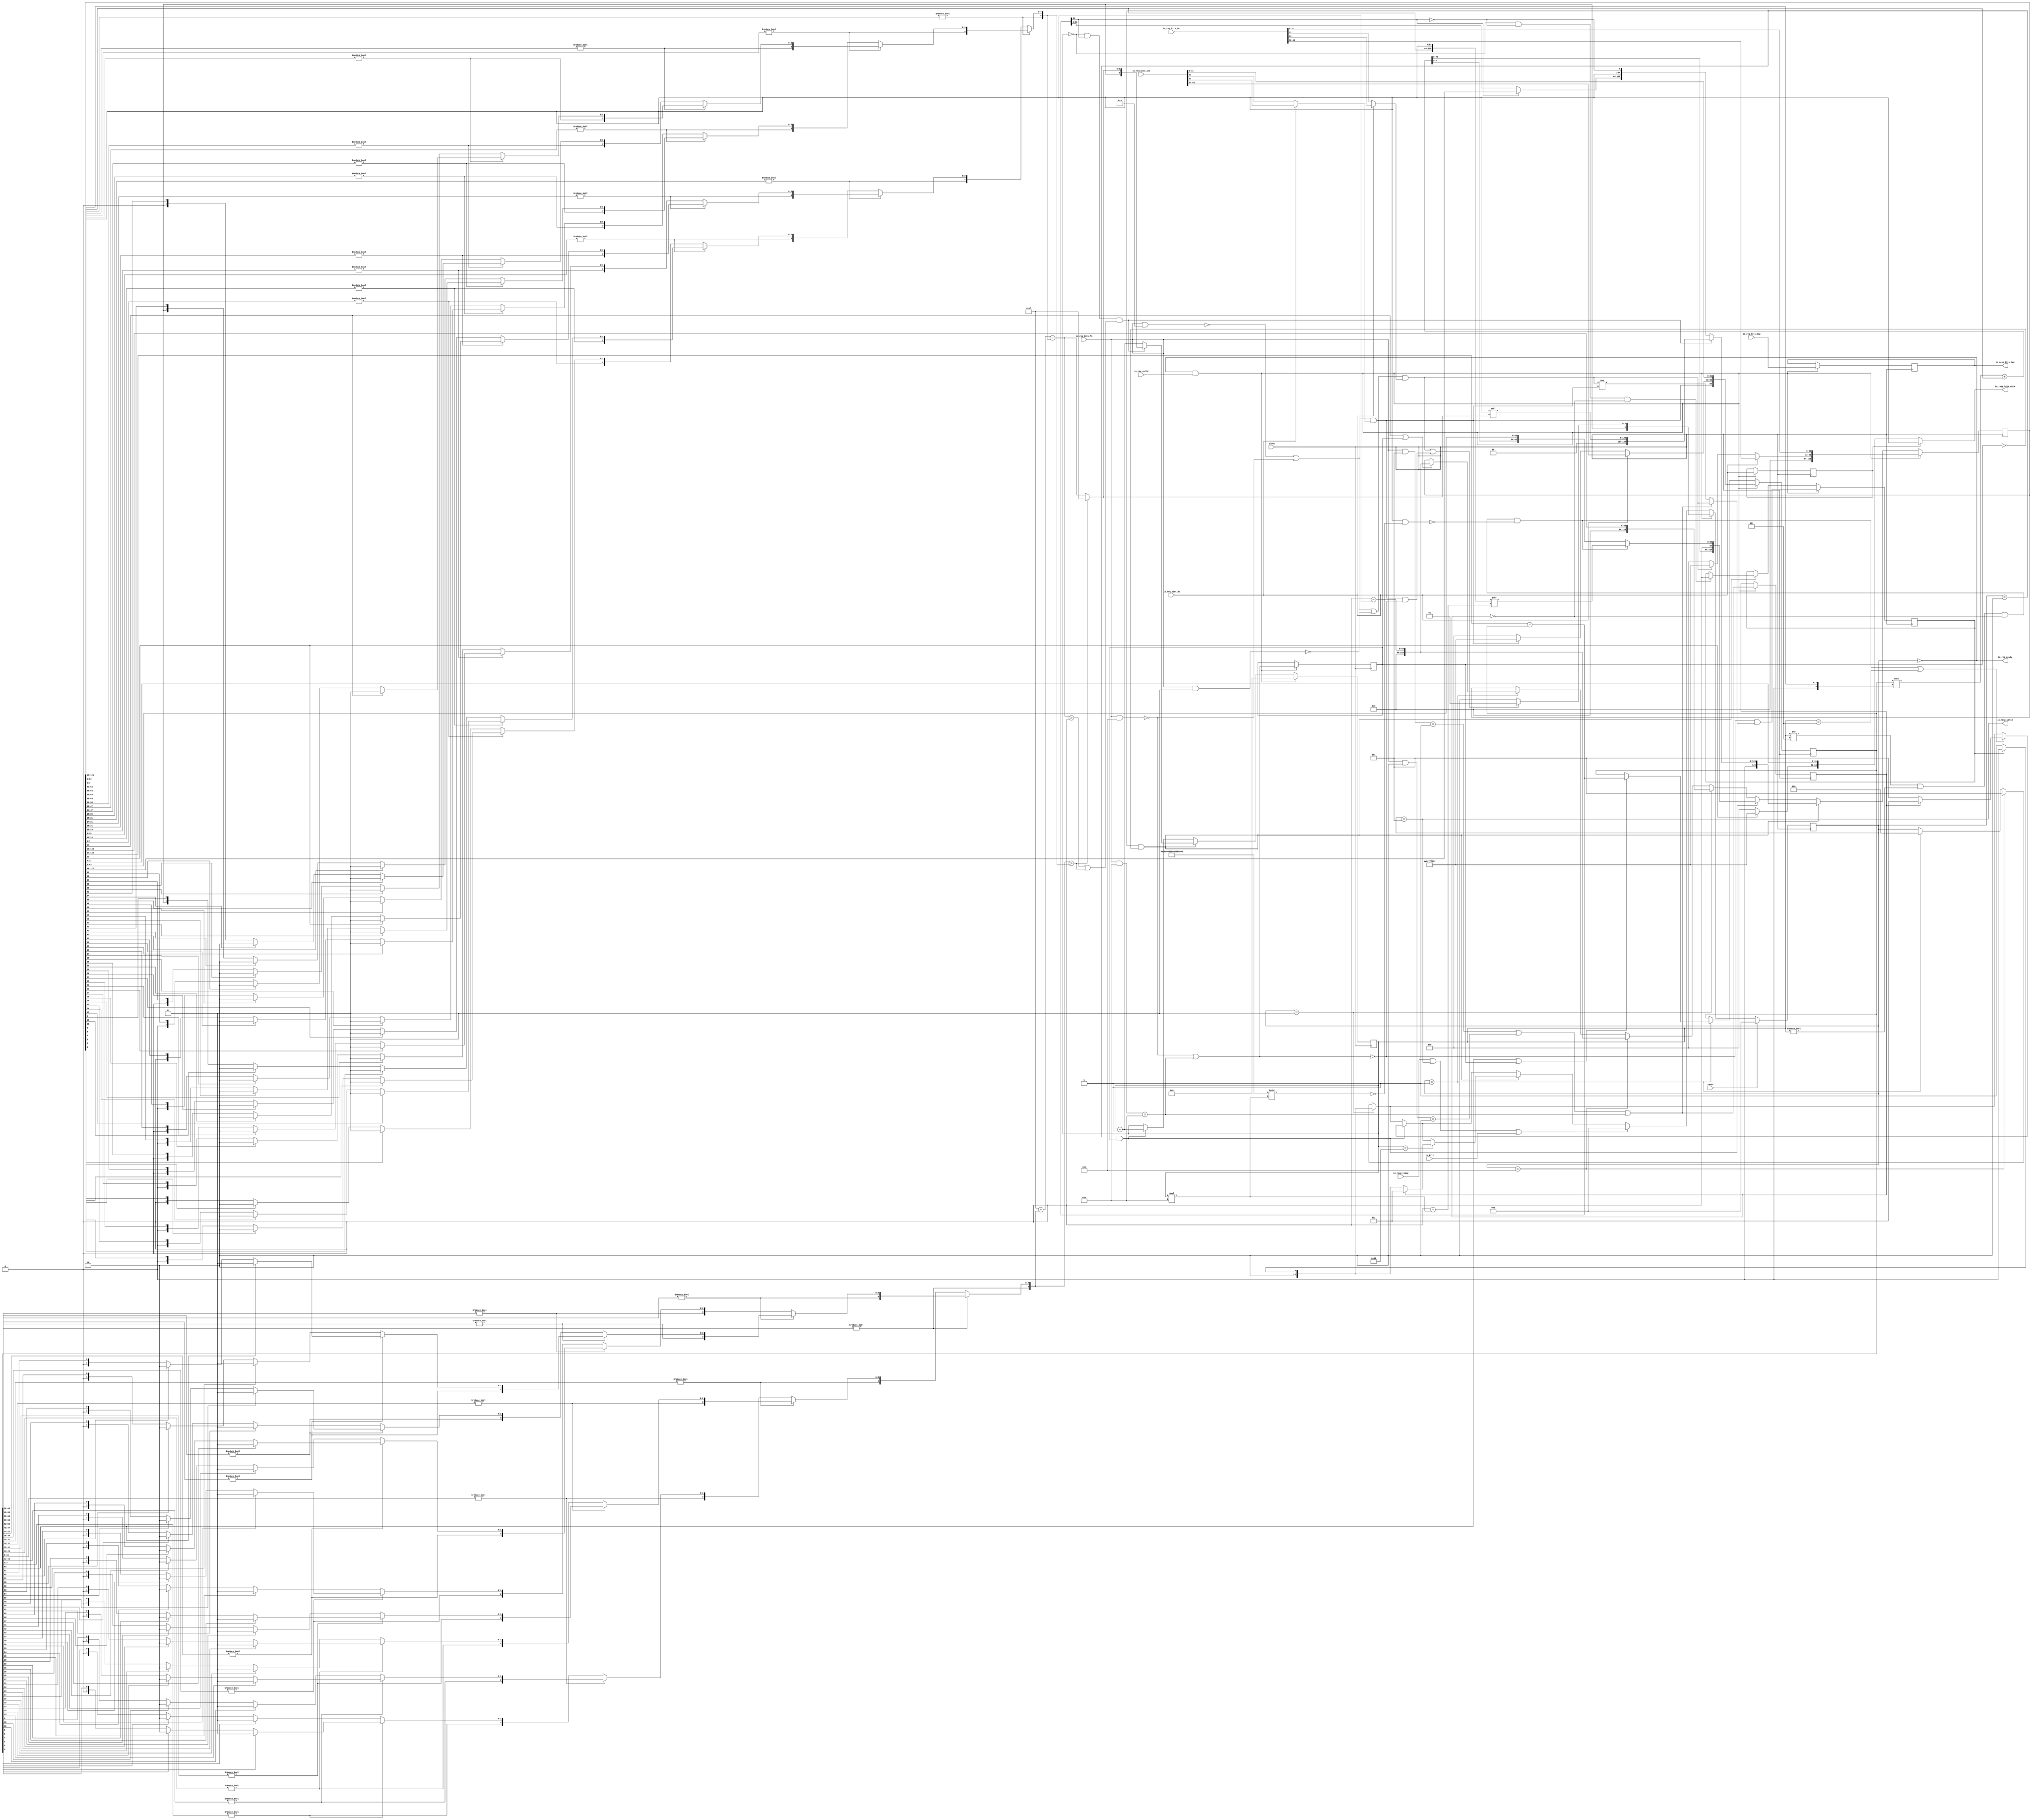
module MulDiv(
  input   clock,
  input   reset,
  output  io_req_ready,
  input   io_req_valid,
  input  [3:0] io_req_bits_fn,
  input   io_req_bits_dw,
  input  [63:0] io_req_bits_in1,
  input  [63:0] io_req_bits_in2,
  input  [4:0] io_req_bits_tag,
  input   io_kill,
  input   io_resp_ready,
  output  io_resp_valid,
  output [63:0] io_resp_bits_data,
  output [4:0] io_resp_bits_tag
);
  reg [2:0] state;
  reg [31:0] _GEN_37;
  reg [3:0] req_fn;
  reg [31:0] _GEN_38;
  reg  req_dw;
  reg [31:0] _GEN_39;
  reg [63:0] req_in1;
  reg [63:0] _GEN_40;
  reg [63:0] req_in2;
  reg [63:0] _GEN_41;
  reg [4:0] req_tag;
  reg [31:0] _GEN_42;
  reg [6:0] count;
  reg [31:0] _GEN_43;
  reg  neg_out;
  reg [31:0] _GEN_44;
  reg  isMul;
  reg [31:0] _GEN_45;
  reg  isHi;
  reg [31:0] _GEN_46;
  reg [64:0] divisor;
  reg [95:0] _GEN_47;
  reg [129:0] remainder;
  reg [159:0] _GEN_48;
  wire [3:0] _T_79;
  wire  _T_81;
  wire [3:0] _T_83;
  wire  _T_85;
  wire  _T_88;
  wire [3:0] _T_90;
  wire  _T_92;
  wire [3:0] _T_94;
  wire  _T_96;
  wire  _T_99;
  wire  _T_100;
  wire [3:0] _T_102;
  wire  _T_104;
  wire [3:0] _T_106;
  wire  _T_108;
  wire  _T_111;
  wire  _T_112;
  wire  _T_118;
  wire  _T_120;
  wire  _T_121;
  wire  _T_122;
  wire  lhs_sign;
  wire [31:0] _T_126;
  wire [31:0] _T_127;
  wire [31:0] _T_128;
  wire [31:0] _T_129;
  wire [63:0] lhs_in;
  wire  _T_134;
  wire  _T_135;
  wire  _T_136;
  wire  rhs_sign;
  wire [31:0] _T_140;
  wire [31:0] _T_141;
  wire [31:0] _T_142;
  wire [31:0] _T_143;
  wire [63:0] rhs_in;
  wire [64:0] _T_144;
  wire [65:0] _T_146;
  wire [64:0] subtractor;
  wire  less;
  wire [63:0] _T_147;
  wire [64:0] _T_149;
  wire [63:0] negated_remainder;
  wire  _T_150;
  wire  _T_151;
  wire  _T_152;
  wire [129:0] _GEN_0;
  wire  _T_153;
  wire  _T_154;
  wire [64:0] _GEN_1;
  wire [129:0] _GEN_2;
  wire [64:0] _GEN_3;
  wire [2:0] _GEN_4;
  wire  _T_155;
  wire [129:0] _GEN_5;
  wire [2:0] _GEN_6;
  wire  _T_156;
  wire [63:0] _T_157;
  wire [2:0] _T_158;
  wire [129:0] _GEN_7;
  wire [2:0] _GEN_8;
  wire  _T_159;
  wire  _T_160;
  wire [64:0] _T_161;
  wire [128:0] _T_163;
  wire [63:0] _T_164;
  wire [64:0] _T_165;
  wire [64:0] _T_166;
  wire [64:0] _T_167;
  wire [7:0] _T_168;
  wire [64:0] _GEN_34;
  wire [72:0] _T_169;
  wire [72:0] _GEN_35;
  wire [73:0] _T_170;
  wire [72:0] _T_171;
  wire [72:0] _T_172;
  wire [55:0] _T_173;
  wire [72:0] _T_174;
  wire [128:0] _T_175;
  wire [10:0] _T_178;
  wire [5:0] _T_179;
  wire [64:0] _T_180;
  wire [63:0] _T_181;
  wire  _T_184;
  wire  _T_187;
  wire  _T_188;
  wire  _T_190;
  wire  _T_191;
  wire [63:0] _T_192;
  wire [63:0] _T_193;
  wire  _T_195;
  wire  _T_196;
  wire [11:0] _T_200;
  wire [10:0] _T_201;
  wire [5:0] _T_202;
  wire [128:0] _T_203;
  wire [64:0] _T_204;
  wire [128:0] _T_205;
  wire [63:0] _T_206;
  wire [128:0] _T_207;
  wire [64:0] _T_208;
  wire [63:0] _T_210;
  wire [65:0] _T_211;
  wire [129:0] _T_212;
  wire [7:0] _T_214;
  wire [6:0] _T_215;
  wire  _T_217;
  wire  _T_218;
  wire [2:0] _T_219;
  wire [2:0] _GEN_9;
  wire [129:0] _GEN_10;
  wire [6:0] _GEN_11;
  wire [2:0] _GEN_12;
  wire  _T_222;
  wire  _T_223;
  wire  _T_225;
  wire [2:0] _T_227;
  wire [2:0] _GEN_13;
  wire [63:0] _T_231;
  wire [63:0] _T_232;
  wire [63:0] _T_233;
  wire  _T_236;
  wire [127:0] _T_237;
  wire [128:0] _T_238;
  wire [63:0] _T_239;
  wire [31:0] _T_240;
  wire [31:0] _T_241;
  wire  _T_243;
  wire [15:0] _T_244;
  wire [15:0] _T_245;
  wire  _T_247;
  wire [7:0] _T_248;
  wire [7:0] _T_249;
  wire  _T_251;
  wire [3:0] _T_252;
  wire [3:0] _T_253;
  wire  _T_255;
  wire  _T_256;
  wire  _T_258;
  wire  _T_260;
  wire [1:0] _T_262;
  wire [1:0] _T_263;
  wire  _T_264;
  wire  _T_266;
  wire  _T_268;
  wire [1:0] _T_270;
  wire [1:0] _T_271;
  wire [1:0] _T_272;
  wire [2:0] _T_273;
  wire [3:0] _T_274;
  wire [3:0] _T_275;
  wire  _T_277;
  wire  _T_278;
  wire  _T_280;
  wire  _T_282;
  wire [1:0] _T_284;
  wire [1:0] _T_285;
  wire  _T_286;
  wire  _T_288;
  wire  _T_290;
  wire [1:0] _T_292;
  wire [1:0] _T_293;
  wire [1:0] _T_294;
  wire [2:0] _T_295;
  wire [2:0] _T_296;
  wire [3:0] _T_297;
  wire [7:0] _T_298;
  wire [7:0] _T_299;
  wire  _T_301;
  wire [3:0] _T_302;
  wire [3:0] _T_303;
  wire  _T_305;
  wire  _T_306;
  wire  _T_308;
  wire  _T_310;
  wire [1:0] _T_312;
  wire [1:0] _T_313;
  wire  _T_314;
  wire  _T_316;
  wire  _T_318;
  wire [1:0] _T_320;
  wire [1:0] _T_321;
  wire [1:0] _T_322;
  wire [2:0] _T_323;
  wire [3:0] _T_324;
  wire [3:0] _T_325;
  wire  _T_327;
  wire  _T_328;
  wire  _T_330;
  wire  _T_332;
  wire [1:0] _T_334;
  wire [1:0] _T_335;
  wire  _T_336;
  wire  _T_338;
  wire  _T_340;
  wire [1:0] _T_342;
  wire [1:0] _T_343;
  wire [1:0] _T_344;
  wire [2:0] _T_345;
  wire [2:0] _T_346;
  wire [3:0] _T_347;
  wire [3:0] _T_348;
  wire [4:0] _T_349;
  wire [15:0] _T_350;
  wire [15:0] _T_351;
  wire  _T_353;
  wire [7:0] _T_354;
  wire [7:0] _T_355;
  wire  _T_357;
  wire [3:0] _T_358;
  wire [3:0] _T_359;
  wire  _T_361;
  wire  _T_362;
  wire  _T_364;
  wire  _T_366;
  wire [1:0] _T_368;
  wire [1:0] _T_369;
  wire  _T_370;
  wire  _T_372;
  wire  _T_374;
  wire [1:0] _T_376;
  wire [1:0] _T_377;
  wire [1:0] _T_378;
  wire [2:0] _T_379;
  wire [3:0] _T_380;
  wire [3:0] _T_381;
  wire  _T_383;
  wire  _T_384;
  wire  _T_386;
  wire  _T_388;
  wire [1:0] _T_390;
  wire [1:0] _T_391;
  wire  _T_392;
  wire  _T_394;
  wire  _T_396;
  wire [1:0] _T_398;
  wire [1:0] _T_399;
  wire [1:0] _T_400;
  wire [2:0] _T_401;
  wire [2:0] _T_402;
  wire [3:0] _T_403;
  wire [7:0] _T_404;
  wire [7:0] _T_405;
  wire  _T_407;
  wire [3:0] _T_408;
  wire [3:0] _T_409;
  wire  _T_411;
  wire  _T_412;
  wire  _T_414;
  wire  _T_416;
  wire [1:0] _T_418;
  wire [1:0] _T_419;
  wire  _T_420;
  wire  _T_422;
  wire  _T_424;
  wire [1:0] _T_426;
  wire [1:0] _T_427;
  wire [1:0] _T_428;
  wire [2:0] _T_429;
  wire [3:0] _T_430;
  wire [3:0] _T_431;
  wire  _T_433;
  wire  _T_434;
  wire  _T_436;
  wire  _T_438;
  wire [1:0] _T_440;
  wire [1:0] _T_441;
  wire  _T_442;
  wire  _T_444;
  wire  _T_446;
  wire [1:0] _T_448;
  wire [1:0] _T_449;
  wire [1:0] _T_450;
  wire [2:0] _T_451;
  wire [2:0] _T_452;
  wire [3:0] _T_453;
  wire [3:0] _T_454;
  wire [4:0] _T_455;
  wire [4:0] _T_456;
  wire [5:0] _T_457;
  wire [31:0] _T_459;
  wire [31:0] _T_460;
  wire  _T_462;
  wire [15:0] _T_463;
  wire [15:0] _T_464;
  wire  _T_466;
  wire [7:0] _T_467;
  wire [7:0] _T_468;
  wire  _T_470;
  wire [3:0] _T_471;
  wire [3:0] _T_472;
  wire  _T_474;
  wire  _T_475;
  wire  _T_477;
  wire  _T_479;
  wire [1:0] _T_481;
  wire [1:0] _T_482;
  wire  _T_483;
  wire  _T_485;
  wire  _T_487;
  wire [1:0] _T_489;
  wire [1:0] _T_490;
  wire [1:0] _T_491;
  wire [2:0] _T_492;
  wire [3:0] _T_493;
  wire [3:0] _T_494;
  wire  _T_496;
  wire  _T_497;
  wire  _T_499;
  wire  _T_501;
  wire [1:0] _T_503;
  wire [1:0] _T_504;
  wire  _T_505;
  wire  _T_507;
  wire  _T_509;
  wire [1:0] _T_511;
  wire [1:0] _T_512;
  wire [1:0] _T_513;
  wire [2:0] _T_514;
  wire [2:0] _T_515;
  wire [3:0] _T_516;
  wire [7:0] _T_517;
  wire [7:0] _T_518;
  wire  _T_520;
  wire [3:0] _T_521;
  wire [3:0] _T_522;
  wire  _T_524;
  wire  _T_525;
  wire  _T_527;
  wire  _T_529;
  wire [1:0] _T_531;
  wire [1:0] _T_532;
  wire  _T_533;
  wire  _T_535;
  wire  _T_537;
  wire [1:0] _T_539;
  wire [1:0] _T_540;
  wire [1:0] _T_541;
  wire [2:0] _T_542;
  wire [3:0] _T_543;
  wire [3:0] _T_544;
  wire  _T_546;
  wire  _T_547;
  wire  _T_549;
  wire  _T_551;
  wire [1:0] _T_553;
  wire [1:0] _T_554;
  wire  _T_555;
  wire  _T_557;
  wire  _T_559;
  wire [1:0] _T_561;
  wire [1:0] _T_562;
  wire [1:0] _T_563;
  wire [2:0] _T_564;
  wire [2:0] _T_565;
  wire [3:0] _T_566;
  wire [3:0] _T_567;
  wire [4:0] _T_568;
  wire [15:0] _T_569;
  wire [15:0] _T_570;
  wire  _T_572;
  wire [7:0] _T_573;
  wire [7:0] _T_574;
  wire  _T_576;
  wire [3:0] _T_577;
  wire [3:0] _T_578;
  wire  _T_580;
  wire  _T_581;
  wire  _T_583;
  wire  _T_585;
  wire [1:0] _T_587;
  wire [1:0] _T_588;
  wire  _T_589;
  wire  _T_591;
  wire  _T_593;
  wire [1:0] _T_595;
  wire [1:0] _T_596;
  wire [1:0] _T_597;
  wire [2:0] _T_598;
  wire [3:0] _T_599;
  wire [3:0] _T_600;
  wire  _T_602;
  wire  _T_603;
  wire  _T_605;
  wire  _T_607;
  wire [1:0] _T_609;
  wire [1:0] _T_610;
  wire  _T_611;
  wire  _T_613;
  wire  _T_615;
  wire [1:0] _T_617;
  wire [1:0] _T_618;
  wire [1:0] _T_619;
  wire [2:0] _T_620;
  wire [2:0] _T_621;
  wire [3:0] _T_622;
  wire [7:0] _T_623;
  wire [7:0] _T_624;
  wire  _T_626;
  wire [3:0] _T_627;
  wire [3:0] _T_628;
  wire  _T_630;
  wire  _T_631;
  wire  _T_633;
  wire  _T_635;
  wire [1:0] _T_637;
  wire [1:0] _T_638;
  wire  _T_639;
  wire  _T_641;
  wire  _T_643;
  wire [1:0] _T_645;
  wire [1:0] _T_646;
  wire [1:0] _T_647;
  wire [2:0] _T_648;
  wire [3:0] _T_649;
  wire [3:0] _T_650;
  wire  _T_652;
  wire  _T_653;
  wire  _T_655;
  wire  _T_657;
  wire [1:0] _T_659;
  wire [1:0] _T_660;
  wire  _T_661;
  wire  _T_663;
  wire  _T_665;
  wire [1:0] _T_667;
  wire [1:0] _T_668;
  wire [1:0] _T_669;
  wire [2:0] _T_670;
  wire [2:0] _T_671;
  wire [3:0] _T_672;
  wire [3:0] _T_673;
  wire [4:0] _T_674;
  wire [4:0] _T_675;
  wire [5:0] _T_676;
  wire [6:0] _T_678;
  wire [5:0] _T_679;
  wire [6:0] _T_680;
  wire [5:0] _T_681;
  wire  _T_682;
  wire  _T_684;
  wire  _T_685;
  wire  _T_687;
  wire  _T_688;
  wire  _T_689;
  wire [5:0] _T_694;
  wire [126:0] _GEN_36;
  wire [126:0] _T_696;
  wire [128:0] _GEN_14;
  wire [6:0] _GEN_15;
  wire  _T_701;
  wire  _T_704;
  wire  _GEN_16;
  wire [2:0] _GEN_17;
  wire [6:0] _GEN_18;
  wire [129:0] _GEN_19;
  wire  _GEN_20;
  wire  _T_706;
  wire  _T_707;
  wire [2:0] _GEN_21;
  wire  _T_708;
  wire  _T_710;
  wire  _T_711;
  wire  _T_712;
  wire [2:0] _T_713;
  wire  _T_717;
  wire  _T_718;
  wire  _T_719;
  wire [64:0] _T_720;
  wire [2:0] _GEN_22;
  wire  _GEN_23;
  wire  _GEN_24;
  wire [6:0] _GEN_25;
  wire  _GEN_26;
  wire [64:0] _GEN_27;
  wire [129:0] _GEN_28;
  wire [3:0] _GEN_29;
  wire  _GEN_30;
  wire [63:0] _GEN_31;
  wire [63:0] _GEN_32;
  wire [4:0] _GEN_33;
  wire  _T_723;
  wire  _T_725;
  wire [31:0] _T_729;
  wire [31:0] _T_730;
  wire [63:0] _T_731;
  wire [63:0] _T_733;
  wire  _T_734;
  wire  _T_735;
  assign io_req_ready = _T_735;
  assign io_resp_valid = _T_734;
  assign io_resp_bits_data = _T_733;
  assign io_resp_bits_tag = req_tag;
  assign _T_79 = io_req_bits_fn & 4'h4;
  assign _T_81 = _T_79 == 4'h0;
  assign _T_83 = io_req_bits_fn & 4'h8;
  assign _T_85 = _T_83 == 4'h8;
  assign _T_88 = _T_81 | _T_85;
  assign _T_90 = io_req_bits_fn & 4'h5;
  assign _T_92 = _T_90 == 4'h1;
  assign _T_94 = io_req_bits_fn & 4'h2;
  assign _T_96 = _T_94 == 4'h2;
  assign _T_99 = _T_92 | _T_96;
  assign _T_100 = _T_99 | _T_85;
  assign _T_102 = io_req_bits_fn & 4'h9;
  assign _T_104 = _T_102 == 4'h0;
  assign _T_106 = io_req_bits_fn & 4'h3;
  assign _T_108 = _T_106 == 4'h0;
  assign _T_111 = _T_104 | _T_81;
  assign _T_112 = _T_111 | _T_108;
  assign _T_118 = io_req_bits_dw == 1'h0;
  assign _T_120 = io_req_bits_in1[31];
  assign _T_121 = io_req_bits_in1[63];
  assign _T_122 = _T_118 ? _T_120 : _T_121;
  assign lhs_sign = _T_112 & _T_122;
  assign _T_126 = lhs_sign ? 32'hffffffff : 32'h0;
  assign _T_127 = io_req_bits_in1[63:32];
  assign _T_128 = _T_118 ? _T_126 : _T_127;
  assign _T_129 = io_req_bits_in1[31:0];
  assign lhs_in = {_T_128,_T_129};
  assign _T_134 = io_req_bits_in2[31];
  assign _T_135 = io_req_bits_in2[63];
  assign _T_136 = _T_118 ? _T_134 : _T_135;
  assign rhs_sign = _T_111 & _T_136;
  assign _T_140 = rhs_sign ? 32'hffffffff : 32'h0;
  assign _T_141 = io_req_bits_in2[63:32];
  assign _T_142 = _T_118 ? _T_140 : _T_141;
  assign _T_143 = io_req_bits_in2[31:0];
  assign rhs_in = {_T_142,_T_143};
  assign _T_144 = remainder[128:64];
  assign _T_146 = _T_144 - divisor;
  assign subtractor = _T_146[64:0];
  assign less = subtractor[64];
  assign _T_147 = remainder[63:0];
  assign _T_149 = 64'h0 - _T_147;
  assign negated_remainder = _T_149[63:0];
  assign _T_150 = state == 3'h1;
  assign _T_151 = remainder[63];
  assign _T_152 = _T_151 | isMul;
  assign _GEN_0 = _T_152 ? {{66'd0}, negated_remainder} : remainder;
  assign _T_153 = divisor[63];
  assign _T_154 = _T_153 | isMul;
  assign _GEN_1 = _T_154 ? subtractor : divisor;
  assign _GEN_2 = _T_150 ? _GEN_0 : remainder;
  assign _GEN_3 = _T_150 ? _GEN_1 : divisor;
  assign _GEN_4 = _T_150 ? 3'h2 : state;
  assign _T_155 = state == 3'h4;
  assign _GEN_5 = _T_155 ? {{66'd0}, negated_remainder} : _GEN_2;
  assign _GEN_6 = _T_155 ? 3'h5 : _GEN_4;
  assign _T_156 = state == 3'h3;
  assign _T_157 = remainder[128:65];
  assign _T_158 = neg_out ? 3'h4 : 3'h5;
  assign _GEN_7 = _T_156 ? {{66'd0}, _T_157} : _GEN_5;
  assign _GEN_8 = _T_156 ? _T_158 : _GEN_6;
  assign _T_159 = state == 3'h2;
  assign _T_160 = _T_159 & isMul;
  assign _T_161 = remainder[129:65];
  assign _T_163 = {_T_161,_T_147};
  assign _T_164 = _T_163[63:0];
  assign _T_165 = _T_163[128:64];
  assign _T_166 = $signed(_T_165);
  assign _T_167 = $signed(divisor);
  assign _T_168 = _T_164[7:0];
  assign _GEN_34 = {{57'd0}, _T_168};
  assign _T_169 = $signed(_T_167) * $signed({1'b0,_GEN_34});
  assign _GEN_35 = {{8{_T_166[64]}},_T_166};
  assign _T_170 = $signed(_T_169) + $signed(_GEN_35);
  assign _T_171 = _T_170[72:0];
  assign _T_172 = $signed(_T_171);
  assign _T_173 = _T_164[63:8];
  assign _T_174 = $unsigned(_T_172);
  assign _T_175 = {_T_174,_T_173};
  assign _T_178 = count * 7'h8;
  assign _T_179 = _T_178[5:0];
  assign _T_180 = $signed(65'sh10000000000000000) >>> _T_179;
  assign _T_181 = _T_180[63:0];
  assign _T_184 = count != 7'h7;
  assign _T_187 = count != 7'h0;
  assign _T_188 = _T_184 & _T_187;
  assign _T_190 = isHi == 1'h0;
  assign _T_191 = _T_188 & _T_190;
  assign _T_192 = ~ _T_181;
  assign _T_193 = _T_164 & _T_192;
  assign _T_195 = _T_193 == 64'h0;
  assign _T_196 = _T_191 & _T_195;
  assign _T_200 = 11'h40 - _T_178;
  assign _T_201 = _T_200[10:0];
  assign _T_202 = _T_201[5:0];
  assign _T_203 = _T_163 >> _T_202;
  assign _T_204 = _T_175[128:64];
  assign _T_205 = _T_196 ? _T_203 : _T_175;
  assign _T_206 = _T_205[63:0];
  assign _T_207 = {_T_204,_T_206};
  assign _T_208 = _T_207[128:64];
  assign _T_210 = _T_207[63:0];
  assign _T_211 = {_T_208,1'h0};
  assign _T_212 = {_T_211,_T_210};
  assign _T_214 = count + 7'h1;
  assign _T_215 = _T_214[6:0];
  assign _T_217 = count == 7'h7;
  assign _T_218 = _T_196 | _T_217;
  assign _T_219 = isHi ? 3'h3 : 3'h5;
  assign _GEN_9 = _T_218 ? _T_219 : _GEN_8;
  assign _GEN_10 = _T_160 ? _T_212 : _GEN_7;
  assign _GEN_11 = _T_160 ? _T_215 : count;
  assign _GEN_12 = _T_160 ? _GEN_9 : _GEN_8;
  assign _T_222 = isMul == 1'h0;
  assign _T_223 = _T_159 & _T_222;
  assign _T_225 = count == 7'h40;
  assign _T_227 = isHi ? 3'h3 : _T_158;
  assign _GEN_13 = _T_225 ? _T_227 : _GEN_12;
  assign _T_231 = remainder[127:64];
  assign _T_232 = subtractor[63:0];
  assign _T_233 = less ? _T_231 : _T_232;
  assign _T_236 = less == 1'h0;
  assign _T_237 = {_T_233,_T_147};
  assign _T_238 = {_T_237,_T_236};
  assign _T_239 = divisor[63:0];
  assign _T_240 = _T_239[63:32];
  assign _T_241 = _T_239[31:0];
  assign _T_243 = _T_240 != 32'h0;
  assign _T_244 = _T_240[31:16];
  assign _T_245 = _T_240[15:0];
  assign _T_247 = _T_244 != 16'h0;
  assign _T_248 = _T_244[15:8];
  assign _T_249 = _T_244[7:0];
  assign _T_251 = _T_248 != 8'h0;
  assign _T_252 = _T_248[7:4];
  assign _T_253 = _T_248[3:0];
  assign _T_255 = _T_252 != 4'h0;
  assign _T_256 = _T_252[3];
  assign _T_258 = _T_252[2];
  assign _T_260 = _T_252[1];
  assign _T_262 = _T_258 ? 2'h2 : {{1'd0}, _T_260};
  assign _T_263 = _T_256 ? 2'h3 : _T_262;
  assign _T_264 = _T_253[3];
  assign _T_266 = _T_253[2];
  assign _T_268 = _T_253[1];
  assign _T_270 = _T_266 ? 2'h2 : {{1'd0}, _T_268};
  assign _T_271 = _T_264 ? 2'h3 : _T_270;
  assign _T_272 = _T_255 ? _T_263 : _T_271;
  assign _T_273 = {_T_255,_T_272};
  assign _T_274 = _T_249[7:4];
  assign _T_275 = _T_249[3:0];
  assign _T_277 = _T_274 != 4'h0;
  assign _T_278 = _T_274[3];
  assign _T_280 = _T_274[2];
  assign _T_282 = _T_274[1];
  assign _T_284 = _T_280 ? 2'h2 : {{1'd0}, _T_282};
  assign _T_285 = _T_278 ? 2'h3 : _T_284;
  assign _T_286 = _T_275[3];
  assign _T_288 = _T_275[2];
  assign _T_290 = _T_275[1];
  assign _T_292 = _T_288 ? 2'h2 : {{1'd0}, _T_290};
  assign _T_293 = _T_286 ? 2'h3 : _T_292;
  assign _T_294 = _T_277 ? _T_285 : _T_293;
  assign _T_295 = {_T_277,_T_294};
  assign _T_296 = _T_251 ? _T_273 : _T_295;
  assign _T_297 = {_T_251,_T_296};
  assign _T_298 = _T_245[15:8];
  assign _T_299 = _T_245[7:0];
  assign _T_301 = _T_298 != 8'h0;
  assign _T_302 = _T_298[7:4];
  assign _T_303 = _T_298[3:0];
  assign _T_305 = _T_302 != 4'h0;
  assign _T_306 = _T_302[3];
  assign _T_308 = _T_302[2];
  assign _T_310 = _T_302[1];
  assign _T_312 = _T_308 ? 2'h2 : {{1'd0}, _T_310};
  assign _T_313 = _T_306 ? 2'h3 : _T_312;
  assign _T_314 = _T_303[3];
  assign _T_316 = _T_303[2];
  assign _T_318 = _T_303[1];
  assign _T_320 = _T_316 ? 2'h2 : {{1'd0}, _T_318};
  assign _T_321 = _T_314 ? 2'h3 : _T_320;
  assign _T_322 = _T_305 ? _T_313 : _T_321;
  assign _T_323 = {_T_305,_T_322};
  assign _T_324 = _T_299[7:4];
  assign _T_325 = _T_299[3:0];
  assign _T_327 = _T_324 != 4'h0;
  assign _T_328 = _T_324[3];
  assign _T_330 = _T_324[2];
  assign _T_332 = _T_324[1];
  assign _T_334 = _T_330 ? 2'h2 : {{1'd0}, _T_332};
  assign _T_335 = _T_328 ? 2'h3 : _T_334;
  assign _T_336 = _T_325[3];
  assign _T_338 = _T_325[2];
  assign _T_340 = _T_325[1];
  assign _T_342 = _T_338 ? 2'h2 : {{1'd0}, _T_340};
  assign _T_343 = _T_336 ? 2'h3 : _T_342;
  assign _T_344 = _T_327 ? _T_335 : _T_343;
  assign _T_345 = {_T_327,_T_344};
  assign _T_346 = _T_301 ? _T_323 : _T_345;
  assign _T_347 = {_T_301,_T_346};
  assign _T_348 = _T_247 ? _T_297 : _T_347;
  assign _T_349 = {_T_247,_T_348};
  assign _T_350 = _T_241[31:16];
  assign _T_351 = _T_241[15:0];
  assign _T_353 = _T_350 != 16'h0;
  assign _T_354 = _T_350[15:8];
  assign _T_355 = _T_350[7:0];
  assign _T_357 = _T_354 != 8'h0;
  assign _T_358 = _T_354[7:4];
  assign _T_359 = _T_354[3:0];
  assign _T_361 = _T_358 != 4'h0;
  assign _T_362 = _T_358[3];
  assign _T_364 = _T_358[2];
  assign _T_366 = _T_358[1];
  assign _T_368 = _T_364 ? 2'h2 : {{1'd0}, _T_366};
  assign _T_369 = _T_362 ? 2'h3 : _T_368;
  assign _T_370 = _T_359[3];
  assign _T_372 = _T_359[2];
  assign _T_374 = _T_359[1];
  assign _T_376 = _T_372 ? 2'h2 : {{1'd0}, _T_374};
  assign _T_377 = _T_370 ? 2'h3 : _T_376;
  assign _T_378 = _T_361 ? _T_369 : _T_377;
  assign _T_379 = {_T_361,_T_378};
  assign _T_380 = _T_355[7:4];
  assign _T_381 = _T_355[3:0];
  assign _T_383 = _T_380 != 4'h0;
  assign _T_384 = _T_380[3];
  assign _T_386 = _T_380[2];
  assign _T_388 = _T_380[1];
  assign _T_390 = _T_386 ? 2'h2 : {{1'd0}, _T_388};
  assign _T_391 = _T_384 ? 2'h3 : _T_390;
  assign _T_392 = _T_381[3];
  assign _T_394 = _T_381[2];
  assign _T_396 = _T_381[1];
  assign _T_398 = _T_394 ? 2'h2 : {{1'd0}, _T_396};
  assign _T_399 = _T_392 ? 2'h3 : _T_398;
  assign _T_400 = _T_383 ? _T_391 : _T_399;
  assign _T_401 = {_T_383,_T_400};
  assign _T_402 = _T_357 ? _T_379 : _T_401;
  assign _T_403 = {_T_357,_T_402};
  assign _T_404 = _T_351[15:8];
  assign _T_405 = _T_351[7:0];
  assign _T_407 = _T_404 != 8'h0;
  assign _T_408 = _T_404[7:4];
  assign _T_409 = _T_404[3:0];
  assign _T_411 = _T_408 != 4'h0;
  assign _T_412 = _T_408[3];
  assign _T_414 = _T_408[2];
  assign _T_416 = _T_408[1];
  assign _T_418 = _T_414 ? 2'h2 : {{1'd0}, _T_416};
  assign _T_419 = _T_412 ? 2'h3 : _T_418;
  assign _T_420 = _T_409[3];
  assign _T_422 = _T_409[2];
  assign _T_424 = _T_409[1];
  assign _T_426 = _T_422 ? 2'h2 : {{1'd0}, _T_424};
  assign _T_427 = _T_420 ? 2'h3 : _T_426;
  assign _T_428 = _T_411 ? _T_419 : _T_427;
  assign _T_429 = {_T_411,_T_428};
  assign _T_430 = _T_405[7:4];
  assign _T_431 = _T_405[3:0];
  assign _T_433 = _T_430 != 4'h0;
  assign _T_434 = _T_430[3];
  assign _T_436 = _T_430[2];
  assign _T_438 = _T_430[1];
  assign _T_440 = _T_436 ? 2'h2 : {{1'd0}, _T_438};
  assign _T_441 = _T_434 ? 2'h3 : _T_440;
  assign _T_442 = _T_431[3];
  assign _T_444 = _T_431[2];
  assign _T_446 = _T_431[1];
  assign _T_448 = _T_444 ? 2'h2 : {{1'd0}, _T_446};
  assign _T_449 = _T_442 ? 2'h3 : _T_448;
  assign _T_450 = _T_433 ? _T_441 : _T_449;
  assign _T_451 = {_T_433,_T_450};
  assign _T_452 = _T_407 ? _T_429 : _T_451;
  assign _T_453 = {_T_407,_T_452};
  assign _T_454 = _T_353 ? _T_403 : _T_453;
  assign _T_455 = {_T_353,_T_454};
  assign _T_456 = _T_243 ? _T_349 : _T_455;
  assign _T_457 = {_T_243,_T_456};
  assign _T_459 = _T_147[63:32];
  assign _T_460 = _T_147[31:0];
  assign _T_462 = _T_459 != 32'h0;
  assign _T_463 = _T_459[31:16];
  assign _T_464 = _T_459[15:0];
  assign _T_466 = _T_463 != 16'h0;
  assign _T_467 = _T_463[15:8];
  assign _T_468 = _T_463[7:0];
  assign _T_470 = _T_467 != 8'h0;
  assign _T_471 = _T_467[7:4];
  assign _T_472 = _T_467[3:0];
  assign _T_474 = _T_471 != 4'h0;
  assign _T_475 = _T_471[3];
  assign _T_477 = _T_471[2];
  assign _T_479 = _T_471[1];
  assign _T_481 = _T_477 ? 2'h2 : {{1'd0}, _T_479};
  assign _T_482 = _T_475 ? 2'h3 : _T_481;
  assign _T_483 = _T_472[3];
  assign _T_485 = _T_472[2];
  assign _T_487 = _T_472[1];
  assign _T_489 = _T_485 ? 2'h2 : {{1'd0}, _T_487};
  assign _T_490 = _T_483 ? 2'h3 : _T_489;
  assign _T_491 = _T_474 ? _T_482 : _T_490;
  assign _T_492 = {_T_474,_T_491};
  assign _T_493 = _T_468[7:4];
  assign _T_494 = _T_468[3:0];
  assign _T_496 = _T_493 != 4'h0;
  assign _T_497 = _T_493[3];
  assign _T_499 = _T_493[2];
  assign _T_501 = _T_493[1];
  assign _T_503 = _T_499 ? 2'h2 : {{1'd0}, _T_501};
  assign _T_504 = _T_497 ? 2'h3 : _T_503;
  assign _T_505 = _T_494[3];
  assign _T_507 = _T_494[2];
  assign _T_509 = _T_494[1];
  assign _T_511 = _T_507 ? 2'h2 : {{1'd0}, _T_509};
  assign _T_512 = _T_505 ? 2'h3 : _T_511;
  assign _T_513 = _T_496 ? _T_504 : _T_512;
  assign _T_514 = {_T_496,_T_513};
  assign _T_515 = _T_470 ? _T_492 : _T_514;
  assign _T_516 = {_T_470,_T_515};
  assign _T_517 = _T_464[15:8];
  assign _T_518 = _T_464[7:0];
  assign _T_520 = _T_517 != 8'h0;
  assign _T_521 = _T_517[7:4];
  assign _T_522 = _T_517[3:0];
  assign _T_524 = _T_521 != 4'h0;
  assign _T_525 = _T_521[3];
  assign _T_527 = _T_521[2];
  assign _T_529 = _T_521[1];
  assign _T_531 = _T_527 ? 2'h2 : {{1'd0}, _T_529};
  assign _T_532 = _T_525 ? 2'h3 : _T_531;
  assign _T_533 = _T_522[3];
  assign _T_535 = _T_522[2];
  assign _T_537 = _T_522[1];
  assign _T_539 = _T_535 ? 2'h2 : {{1'd0}, _T_537};
  assign _T_540 = _T_533 ? 2'h3 : _T_539;
  assign _T_541 = _T_524 ? _T_532 : _T_540;
  assign _T_542 = {_T_524,_T_541};
  assign _T_543 = _T_518[7:4];
  assign _T_544 = _T_518[3:0];
  assign _T_546 = _T_543 != 4'h0;
  assign _T_547 = _T_543[3];
  assign _T_549 = _T_543[2];
  assign _T_551 = _T_543[1];
  assign _T_553 = _T_549 ? 2'h2 : {{1'd0}, _T_551};
  assign _T_554 = _T_547 ? 2'h3 : _T_553;
  assign _T_555 = _T_544[3];
  assign _T_557 = _T_544[2];
  assign _T_559 = _T_544[1];
  assign _T_561 = _T_557 ? 2'h2 : {{1'd0}, _T_559};
  assign _T_562 = _T_555 ? 2'h3 : _T_561;
  assign _T_563 = _T_546 ? _T_554 : _T_562;
  assign _T_564 = {_T_546,_T_563};
  assign _T_565 = _T_520 ? _T_542 : _T_564;
  assign _T_566 = {_T_520,_T_565};
  assign _T_567 = _T_466 ? _T_516 : _T_566;
  assign _T_568 = {_T_466,_T_567};
  assign _T_569 = _T_460[31:16];
  assign _T_570 = _T_460[15:0];
  assign _T_572 = _T_569 != 16'h0;
  assign _T_573 = _T_569[15:8];
  assign _T_574 = _T_569[7:0];
  assign _T_576 = _T_573 != 8'h0;
  assign _T_577 = _T_573[7:4];
  assign _T_578 = _T_573[3:0];
  assign _T_580 = _T_577 != 4'h0;
  assign _T_581 = _T_577[3];
  assign _T_583 = _T_577[2];
  assign _T_585 = _T_577[1];
  assign _T_587 = _T_583 ? 2'h2 : {{1'd0}, _T_585};
  assign _T_588 = _T_581 ? 2'h3 : _T_587;
  assign _T_589 = _T_578[3];
  assign _T_591 = _T_578[2];
  assign _T_593 = _T_578[1];
  assign _T_595 = _T_591 ? 2'h2 : {{1'd0}, _T_593};
  assign _T_596 = _T_589 ? 2'h3 : _T_595;
  assign _T_597 = _T_580 ? _T_588 : _T_596;
  assign _T_598 = {_T_580,_T_597};
  assign _T_599 = _T_574[7:4];
  assign _T_600 = _T_574[3:0];
  assign _T_602 = _T_599 != 4'h0;
  assign _T_603 = _T_599[3];
  assign _T_605 = _T_599[2];
  assign _T_607 = _T_599[1];
  assign _T_609 = _T_605 ? 2'h2 : {{1'd0}, _T_607};
  assign _T_610 = _T_603 ? 2'h3 : _T_609;
  assign _T_611 = _T_600[3];
  assign _T_613 = _T_600[2];
  assign _T_615 = _T_600[1];
  assign _T_617 = _T_613 ? 2'h2 : {{1'd0}, _T_615};
  assign _T_618 = _T_611 ? 2'h3 : _T_617;
  assign _T_619 = _T_602 ? _T_610 : _T_618;
  assign _T_620 = {_T_602,_T_619};
  assign _T_621 = _T_576 ? _T_598 : _T_620;
  assign _T_622 = {_T_576,_T_621};
  assign _T_623 = _T_570[15:8];
  assign _T_624 = _T_570[7:0];
  assign _T_626 = _T_623 != 8'h0;
  assign _T_627 = _T_623[7:4];
  assign _T_628 = _T_623[3:0];
  assign _T_630 = _T_627 != 4'h0;
  assign _T_631 = _T_627[3];
  assign _T_633 = _T_627[2];
  assign _T_635 = _T_627[1];
  assign _T_637 = _T_633 ? 2'h2 : {{1'd0}, _T_635};
  assign _T_638 = _T_631 ? 2'h3 : _T_637;
  assign _T_639 = _T_628[3];
  assign _T_641 = _T_628[2];
  assign _T_643 = _T_628[1];
  assign _T_645 = _T_641 ? 2'h2 : {{1'd0}, _T_643};
  assign _T_646 = _T_639 ? 2'h3 : _T_645;
  assign _T_647 = _T_630 ? _T_638 : _T_646;
  assign _T_648 = {_T_630,_T_647};
  assign _T_649 = _T_624[7:4];
  assign _T_650 = _T_624[3:0];
  assign _T_652 = _T_649 != 4'h0;
  assign _T_653 = _T_649[3];
  assign _T_655 = _T_649[2];
  assign _T_657 = _T_649[1];
  assign _T_659 = _T_655 ? 2'h2 : {{1'd0}, _T_657};
  assign _T_660 = _T_653 ? 2'h3 : _T_659;
  assign _T_661 = _T_650[3];
  assign _T_663 = _T_650[2];
  assign _T_665 = _T_650[1];
  assign _T_667 = _T_663 ? 2'h2 : {{1'd0}, _T_665};
  assign _T_668 = _T_661 ? 2'h3 : _T_667;
  assign _T_669 = _T_652 ? _T_660 : _T_668;
  assign _T_670 = {_T_652,_T_669};
  assign _T_671 = _T_626 ? _T_648 : _T_670;
  assign _T_672 = {_T_626,_T_671};
  assign _T_673 = _T_572 ? _T_622 : _T_672;
  assign _T_674 = {_T_572,_T_673};
  assign _T_675 = _T_462 ? _T_568 : _T_674;
  assign _T_676 = {_T_462,_T_675};
  assign _T_678 = 6'h3f + _T_457;
  assign _T_679 = _T_678[5:0];
  assign _T_680 = _T_679 - _T_676;
  assign _T_681 = _T_680[5:0];
  assign _T_682 = _T_457 > _T_676;
  assign _T_684 = count == 7'h0;
  assign _T_685 = _T_684 & less;
  assign _T_687 = _T_681 > 6'h0;
  assign _T_688 = _T_687 | _T_682;
  assign _T_689 = _T_685 & _T_688;
  assign _T_694 = _T_682 ? 6'h3f : _T_681;
  assign _GEN_36 = {{63'd0}, _T_147};
  assign _T_696 = _GEN_36 << _T_694;
  assign _GEN_14 = _T_689 ? {{2'd0}, _T_696} : _T_238;
  assign _GEN_15 = _T_689 ? {{1'd0}, _T_694} : _T_215;
  assign _T_701 = _T_684 & _T_236;
  assign _T_704 = _T_701 & _T_190;
  assign _GEN_16 = _T_704 ? 1'h0 : neg_out;
  assign _GEN_17 = _T_223 ? _GEN_13 : _GEN_12;
  assign _GEN_18 = _T_223 ? _GEN_15 : _GEN_11;
  assign _GEN_19 = _T_223 ? {{1'd0}, _GEN_14} : _GEN_10;
  assign _GEN_20 = _T_223 ? _GEN_16 : neg_out;
  assign _T_706 = io_resp_ready & io_resp_valid;
  assign _T_707 = _T_706 | io_kill;
  assign _GEN_21 = _T_707 ? 3'h0 : _GEN_17;
  assign _T_708 = io_req_ready & io_req_valid;
  assign _T_710 = _T_88 == 1'h0;
  assign _T_711 = rhs_sign & _T_710;
  assign _T_712 = lhs_sign | _T_711;
  assign _T_713 = _T_712 ? 3'h1 : 3'h2;
  assign _T_717 = lhs_sign != rhs_sign;
  assign _T_718 = _T_100 ? lhs_sign : _T_717;
  assign _T_719 = _T_710 & _T_718;
  assign _T_720 = {rhs_sign,rhs_in};
  assign _GEN_22 = _T_708 ? _T_713 : _GEN_21;
  assign _GEN_23 = _T_708 ? _T_88 : isMul;
  assign _GEN_24 = _T_708 ? _T_100 : isHi;
  assign _GEN_25 = _T_708 ? 7'h0 : _GEN_18;
  assign _GEN_26 = _T_708 ? _T_719 : _GEN_20;
  assign _GEN_27 = _T_708 ? _T_720 : _GEN_3;
  assign _GEN_28 = _T_708 ? {{66'd0}, lhs_in} : _GEN_19;
  assign _GEN_29 = _T_708 ? io_req_bits_fn : req_fn;
  assign _GEN_30 = _T_708 ? io_req_bits_dw : req_dw;
  assign _GEN_31 = _T_708 ? io_req_bits_in1 : req_in1;
  assign _GEN_32 = _T_708 ? io_req_bits_in2 : req_in2;
  assign _GEN_33 = _T_708 ? io_req_bits_tag : req_tag;
  assign _T_723 = req_dw == 1'h0;
  assign _T_725 = remainder[31];
  assign _T_729 = _T_725 ? 32'hffffffff : 32'h0;
  assign _T_730 = remainder[31:0];
  assign _T_731 = {_T_729,_T_730};
  assign _T_733 = _T_723 ? _T_731 : _T_147;
  assign _T_734 = state == 3'h5;
  assign _T_735 = state == 3'h0;
`ifdef RANDOMIZE
  integer initvar;
  initial begin
    `ifndef verilator
      #0.002 begin end
    `endif
  `ifdef RANDOMIZE_REG_INIT
  _GEN_37 = {1{$random}};
  state = _GEN_37[2:0];
  `endif
  `ifdef RANDOMIZE_REG_INIT
  _GEN_38 = {1{$random}};
  req_fn = _GEN_38[3:0];
  `endif
  `ifdef RANDOMIZE_REG_INIT
  _GEN_39 = {1{$random}};
  req_dw = _GEN_39[0:0];
  `endif
  `ifdef RANDOMIZE_REG_INIT
  _GEN_40 = {2{$random}};
  req_in1 = _GEN_40[63:0];
  `endif
  `ifdef RANDOMIZE_REG_INIT
  _GEN_41 = {2{$random}};
  req_in2 = _GEN_41[63:0];
  `endif
  `ifdef RANDOMIZE_REG_INIT
  _GEN_42 = {1{$random}};
  req_tag = _GEN_42[4:0];
  `endif
  `ifdef RANDOMIZE_REG_INIT
  _GEN_43 = {1{$random}};
  count = _GEN_43[6:0];
  `endif
  `ifdef RANDOMIZE_REG_INIT
  _GEN_44 = {1{$random}};
  neg_out = _GEN_44[0:0];
  `endif
  `ifdef RANDOMIZE_REG_INIT
  _GEN_45 = {1{$random}};
  isMul = _GEN_45[0:0];
  `endif
  `ifdef RANDOMIZE_REG_INIT
  _GEN_46 = {1{$random}};
  isHi = _GEN_46[0:0];
  `endif
  `ifdef RANDOMIZE_REG_INIT
  _GEN_47 = {3{$random}};
  divisor = _GEN_47[64:0];
  `endif
  `ifdef RANDOMIZE_REG_INIT
  _GEN_48 = {5{$random}};
  remainder = _GEN_48[129:0];
  `endif
  end
`endif
  always @(posedge clock) begin
    if (reset) begin
      state <= 3'h0;
    end else begin
      if (_T_708) begin
        if (_T_712) begin
          state <= 3'h1;
        end else begin
          state <= 3'h2;
        end
      end else begin
        if (_T_707) begin
          state <= 3'h0;
        end else begin
          if (_T_223) begin
            if (_T_225) begin
              if (isHi) begin
                state <= 3'h3;
              end else begin
                if (neg_out) begin
                  state <= 3'h4;
                end else begin
                  state <= 3'h5;
                end
              end
            end else begin
              if (_T_160) begin
                if (_T_218) begin
                  if (isHi) begin
                    state <= 3'h3;
                  end else begin
                    state <= 3'h5;
                  end
                end else begin
                  if (_T_156) begin
                    if (neg_out) begin
                      state <= 3'h4;
                    end else begin
                      state <= 3'h5;
                    end
                  end else begin
                    if (_T_155) begin
                      state <= 3'h5;
                    end else begin
                      if (_T_150) begin
                        state <= 3'h2;
                      end
                    end
                  end
                end
              end else begin
                if (_T_156) begin
                  if (neg_out) begin
                    state <= 3'h4;
                  end else begin
                    state <= 3'h5;
                  end
                end else begin
                  if (_T_155) begin
                    state <= 3'h5;
                  end else begin
                    if (_T_150) begin
                      state <= 3'h2;
                    end
                  end
                end
              end
            end
          end else begin
            if (_T_160) begin
              if (_T_218) begin
                if (isHi) begin
                  state <= 3'h3;
                end else begin
                  state <= 3'h5;
                end
              end else begin
                if (_T_156) begin
                  if (neg_out) begin
                    state <= 3'h4;
                  end else begin
                    state <= 3'h5;
                  end
                end else begin
                  if (_T_155) begin
                    state <= 3'h5;
                  end else begin
                    if (_T_150) begin
                      state <= 3'h2;
                    end
                  end
                end
              end
            end else begin
              if (_T_156) begin
                state <= _T_158;
              end else begin
                if (_T_155) begin
                  state <= 3'h5;
                end else begin
                  if (_T_150) begin
                    state <= 3'h2;
                  end
                end
              end
            end
          end
        end
      end
    end
    if (_T_708) begin
      req_fn <= io_req_bits_fn;
    end
    if (_T_708) begin
      req_dw <= io_req_bits_dw;
    end
    if (_T_708) begin
      req_in1 <= io_req_bits_in1;
    end
    if (_T_708) begin
      req_in2 <= io_req_bits_in2;
    end
    if (_T_708) begin
      req_tag <= io_req_bits_tag;
    end
    if (_T_708) begin
      count <= 7'h0;
    end else begin
      if (_T_223) begin
        if (_T_689) begin
          count <= {{1'd0}, _T_694};
        end else begin
          count <= _T_215;
        end
      end else begin
        if (_T_160) begin
          count <= _T_215;
        end
      end
    end
    if (_T_708) begin
      neg_out <= _T_719;
    end else begin
      if (_T_223) begin
        if (_T_704) begin
          neg_out <= 1'h0;
        end
      end
    end
    if (_T_708) begin
      isMul <= _T_88;
    end
    if (_T_708) begin
      isHi <= _T_100;
    end
    if (_T_708) begin
      divisor <= _T_720;
    end else begin
      if (_T_150) begin
        if (_T_154) begin
          divisor <= subtractor;
        end
      end
    end
    if (_T_708) begin
      remainder <= {{66'd0}, lhs_in};
    end else begin
      if (_T_223) begin
        remainder <= {{1'd0}, _GEN_14};
      end else begin
        if (_T_160) begin
          remainder <= _T_212;
        end else begin
          if (_T_156) begin
            remainder <= {{66'd0}, _T_157};
          end else begin
            if (_T_155) begin
              remainder <= {{66'd0}, negated_remainder};
            end else begin
              if (_T_150) begin
                if (_T_152) begin
                  remainder <= {{66'd0}, negated_remainder};
                end
              end
            end
          end
        end
      end
    end
  end
endmodule